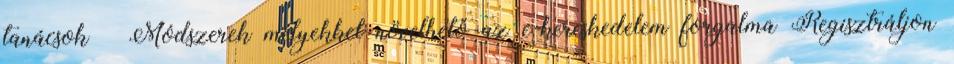
tanácsok Módszerek melyekkel növelhető az e-kereskedelem forgalma Regisztráljon